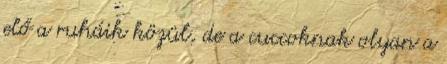
elő a ruháik közül, de a cuccoknak olyan a